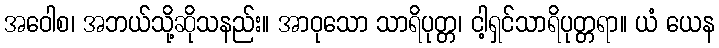
အဝေါစ၊ အဘယ်သို့ဆိုသနည်း။ အာဝုသော သာရိပုတ္တ၊ ငါ့ရှင်သာရိပုတ္တရာ။ ယံ ယေန